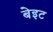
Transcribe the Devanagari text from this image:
बेइट